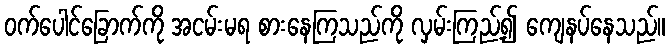
ဝက်ပေါင်ခြောက်ကို အငမ်းမရ စားနေကြသည်ကို လှမ်းကြည့်၍ ကျေနပ်နေသည်။